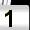
Digit: 1